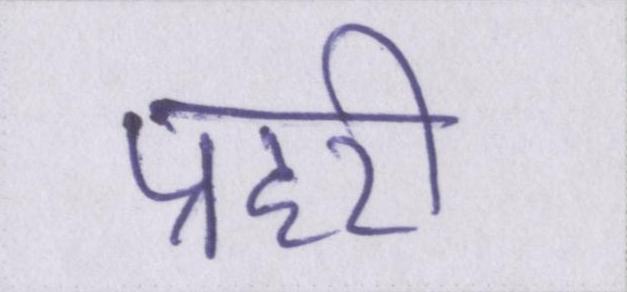
प्रहरी